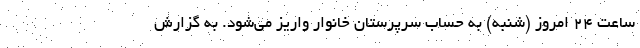
ساعت ۲۴ امروز (شنبه) به حساب سرپرستان خانوار واریز می‌شود. به گزارش